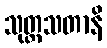
သုတ္တသတာနိ